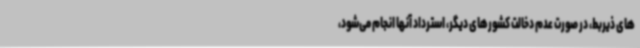
های ذیربط، در صورت عدم دخالت کشورهای دیگر، استرداد آنها انجام می‌شود،